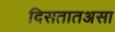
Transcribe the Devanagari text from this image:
दिसतातअसा